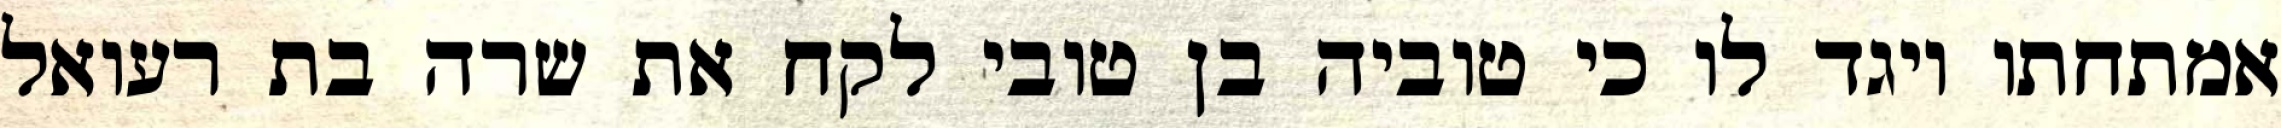
אמתחתו ויגד לו כי טוביה בן טובי לקח את שרה בת רעואל